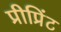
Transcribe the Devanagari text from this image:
प्रीप्रिंट